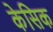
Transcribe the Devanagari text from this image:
केसिक